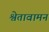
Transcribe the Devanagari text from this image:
श्वेतावामन